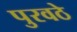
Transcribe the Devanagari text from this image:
पुरवठे